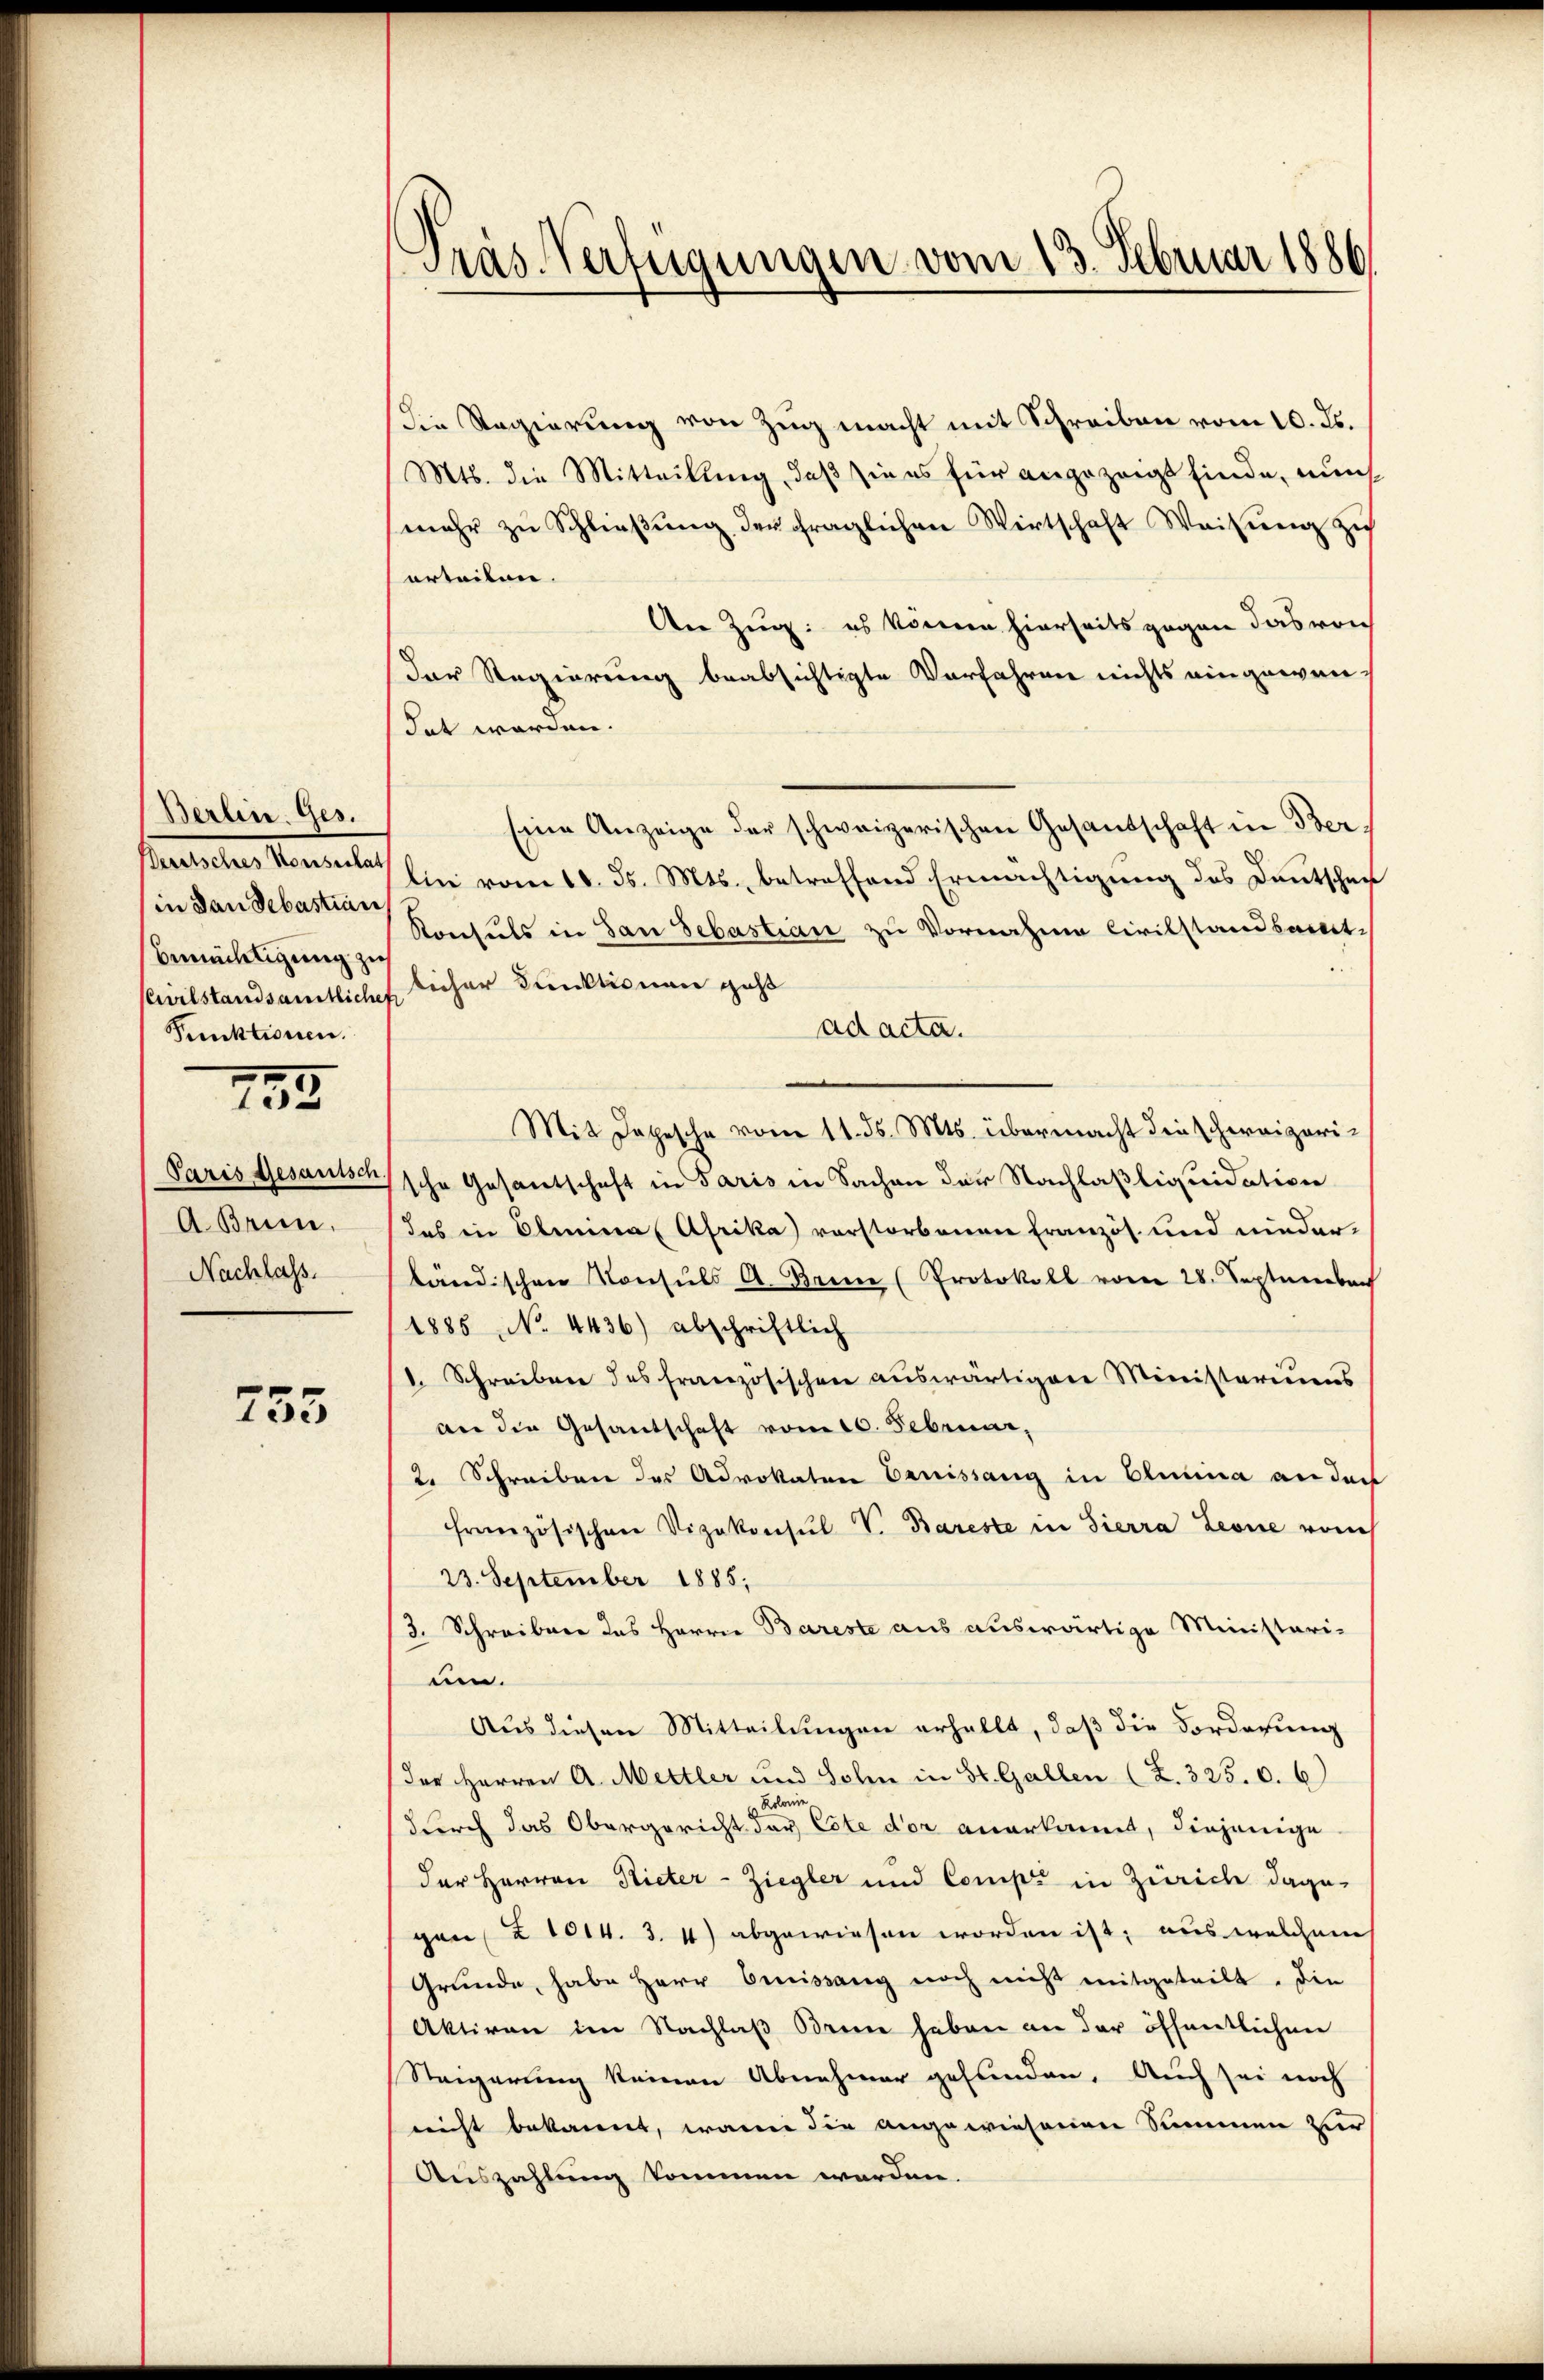
Berlin. Ges.
Bertsches Konsulat
in den Sebastian
bemächtigung zu
CCielstandsamtliche
Punktionen.

793.

Paris Gesanisch
A Brin.
Nachlass.

733

Pras Verfügungen vom 13. Februar 1886

die Regierung von Zug macht mit Schreiben vom 10. ds.
Mts. die Mitteilung, daß sie es für angezeigt finde, nun
mehr zŭ Schlieβŭng der fraglichen Wirtschaft Weisung zŭ
urteilen.
An Zug: es können hierseits gegen das von
Der Regierung beabsichtigte Verfahren nichts eingewen
det worden.
Eine Anzeige der schweizerischen Gesandschaft in Ber
lin vom 10. ds. Mts., betreffend Ermächtigung des Deutschei
Konsuls in San Sebastian zu Vornahme Civilstandsamt-
licher Kunktionen geht
ad acta.
Mit Datische vom 11. ds. Mts. übermacht die schweizerische Gesantschaft in Paris in Sachen der Nachlaßliquidation
das in Oleneral Afrika vorstorbenen Französ. und nieder-
ländischen Konsuls A. Bein (Protokoll vom 28. September
1885, No. 4436) abschriftlich
. Schreiben des französischen aŭswärtigen Ministeriums
an die Gesandschaft vom 10. Februar,
2. Schreiben des Advokaten Eruissang in Elimina an der
französischen Vizekonsul V. Bareste in Sierra Leone vom
23. September 1885.
/3. Schreiben das Herrn Bareste aus auswärtige Ministari-
uen.
Aus diesen Mitteilungen erhellt, daß die Forderung
der Herren A. Mettler und Sohn in St. Gallen (Z. 325. 0. 6)
Rolonis
durch das Obergericht der Cote der anerkannt, diejenige
der Herren Rieter-Ziegler und Compt in Zürich dage-
gan 2 1014. 3. 4) abgewiesen worden ist, aus welchem
Grunde, habe Herr Emissang noch nicht mitgeteilt. Die
Aktiven im Nachlaß Brenne haben an der öffentlichen
Steigerung keinen Abnehmer gefunden. Auch sei noch
nicht bekannt, wann die angewiesenen Summen zur
Auszahlung kommen werden.